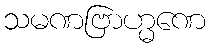
သမဏဗြာဟ္မဏေ